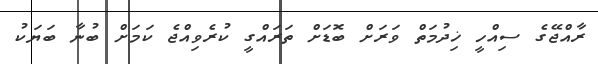
ރާއްޖޭގެ ސިއްހީ ޚިދުމަތް ވަރަށް ބޮޑަށް ތަރައްގީ ކުރެވިއްޖެ ކަމަށް ބުނާ ބަޔަކު